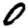
Digit: 0